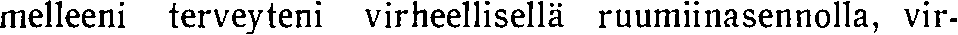
melleeni terveyteni virheellisellä ruumiinasennolla, vir-